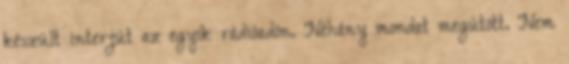
készült interjút az egyik rádióadón. Néhány mondat megütött. Nem